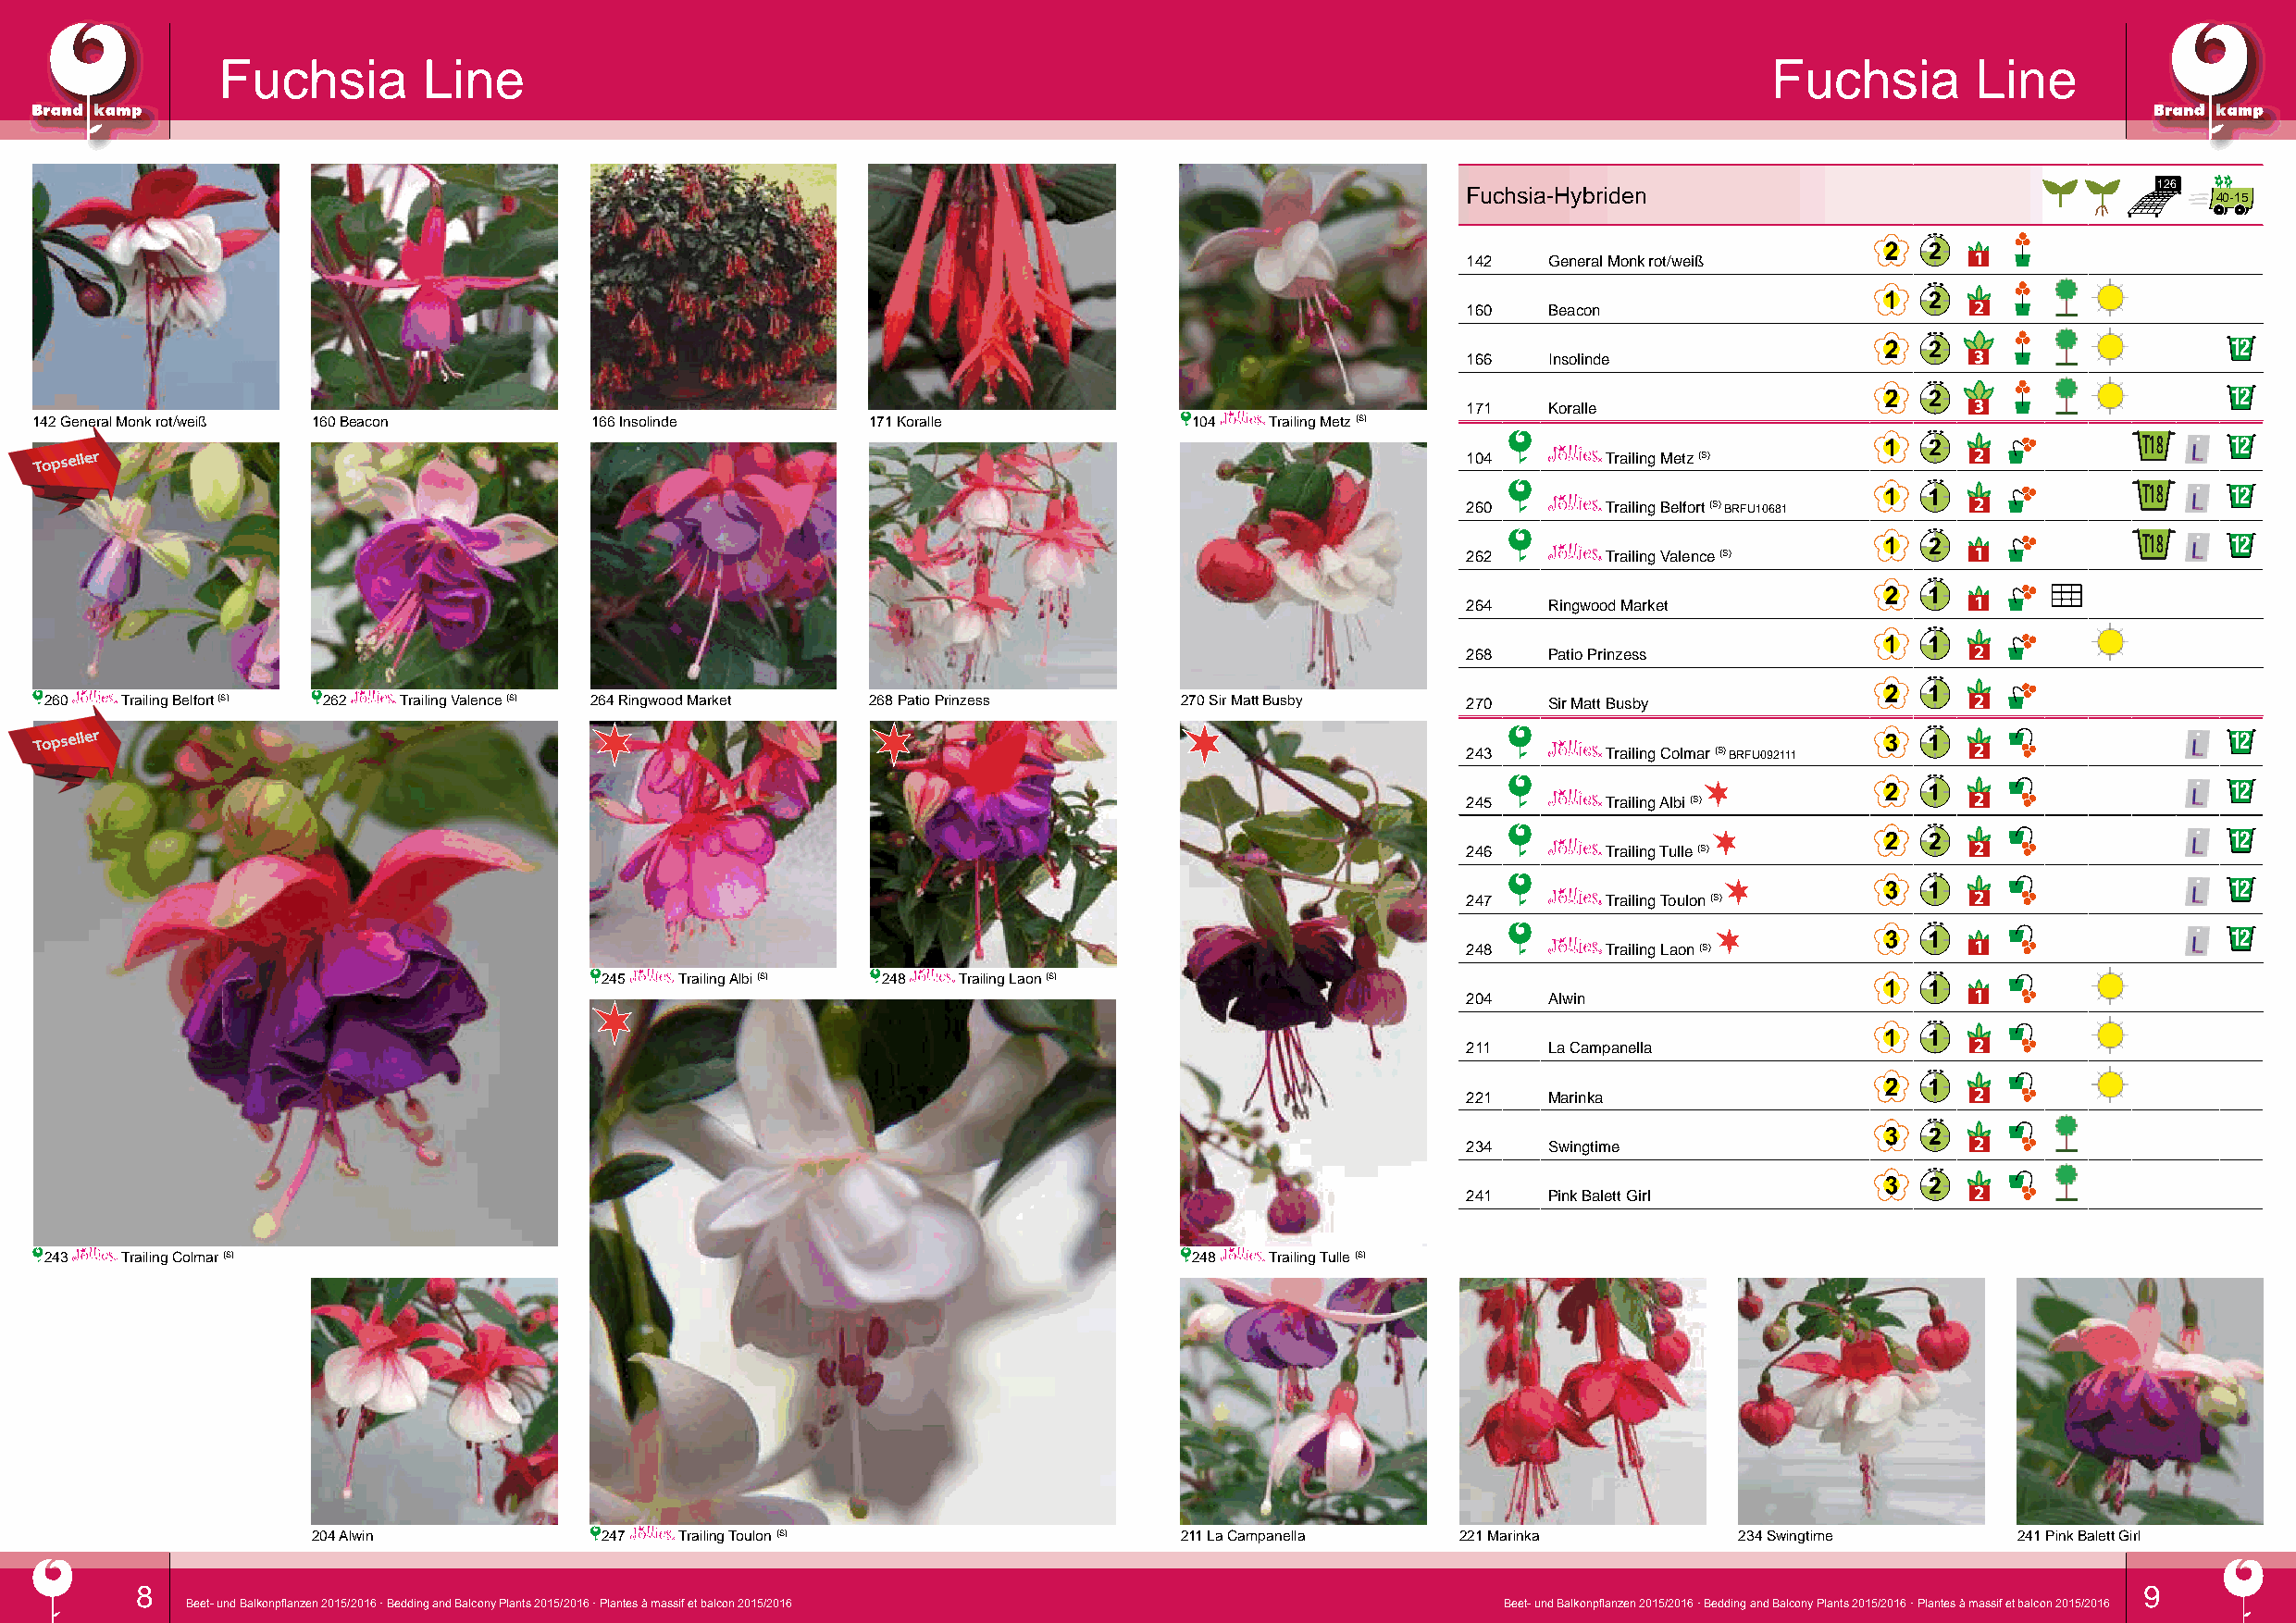
Fuchsia       Line                                                                                             Fuchsia       Line
 126
 Fuchsia-Hybriden
 40-15
 142   General Monk rot/weiß
 160   Beacon
 12
 166   Insolinde
 12
 171   Koralle
 142 General Monk rot/weiß 160 Beacon    166 Insolinde       171 Koralle            104   Trailing Metz (S)
 T18    12
 Topseller                                                                                             104       Trailing Metz (S)
 T18    12
 260       Trailing Belfort (S) BRFU10681
 T18    12
 262       Trailing Valence (S)
 264   Ringwood Market
 268   Patio Prinzess
 260   Trailing Belfort (S) 262 Trailing Valence (S) 264 Ringwood Market 268 Patio Prinzess 270 Sir Matt Busby 270 Sir Matt Busby
 Topseller                                                                                                                                                    12
 243       Trailing Colmar (S) BRFU092111
 12
 245       Trailing Albi (S)
 12
 246       Trailing Tulle (S)
 12
 247       Trailing Toulon (S)
 12
 248       Trailing Laon (S)
 245   Trailing Albi (S) 248 Trailing Laon (S)
 204   Alwin
 211   La Campanella
 221   Marinka
 234   Swingtime
 241   Pink Balett Girl
 243   Trailing Colmar (S)                                                         248   Trailing Tulle (S)
 204 Alwin            247   Trailing Toulon (S)                211 La Campanella   221 Marinka         234 Swingtime       241 Pink Balett Girl
 8                                                                                                                                              9
 Beet- und Balkonpflanzen 2015/2016 · Bedding and Balcony Plants 2015/2016 · Plantes à massif et balcon 2015/2016 Beet- und Balkonpflanzen 2015/2016 · Bedding and Balcony Plants 2015/2016 · Plantes à massif et balcon 2015/2016